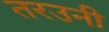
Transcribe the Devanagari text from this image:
तरउनी